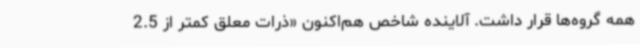
همه گروه‌ها قرار داشت. آلاینده شاخص هم‌اکنون «ذرات معلق کمتر از 2.5